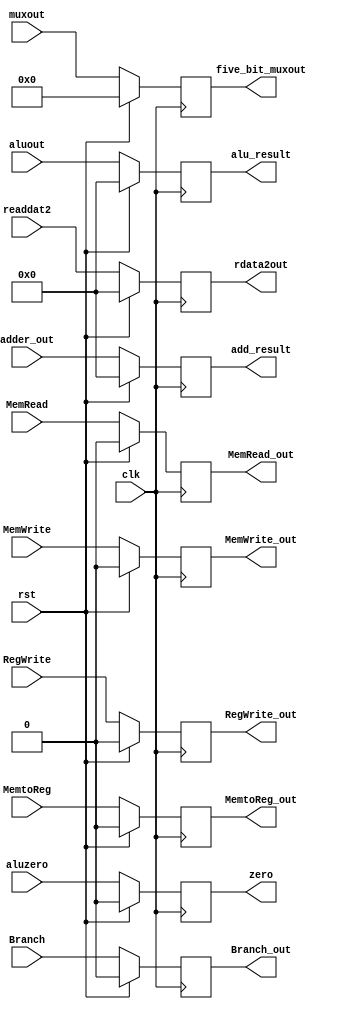
`timescale 1ns / 1ps
//////////////////////////////////////////////////////////////////////////////////
// Company: 
// Engineer: 
// 
// Design Name: 
// Module Name:    execution_pipe 
// Project Name: 
// Target Devices: 
// Tool versions: 
// Description: 
//
// Dependencies: 
//
// Revision: 
// Revision 0.01 - File Created
// Additional Comments: 
//
//////////////////////////////////////////////////////////////////////////////////
module execution_pipe(clk, rst, Branch, MemRead, MemWrite, RegWrite, MemtoReg, adder_out, aluzero, aluout, readdat2, muxout,
							Branch_out, MemRead_out, MemWrite_out, RegWrite_out, MemtoReg_out, zero, add_result, alu_result, rdata2out, five_bit_muxout);

	input clk, rst;
	input aluzero;
	input Branch, MemRead, MemWrite, RegWrite, MemtoReg;
	input [31:0] adder_out, aluout, readdat2;
	input [4:0] muxout;
	
	output reg zero;
	output reg Branch_out, MemRead_out, MemWrite_out, RegWrite_out, MemtoReg_out;
	output reg [31:0] add_result, alu_result, rdata2out;
	output reg [4:0] five_bit_muxout;
	
	always @(posedge clk)
	begin
		if (rst)
		begin
			Branch_out <= 0;
			MemRead_out <= 0;
			MemWrite_out <= 0;
			RegWrite_out <= 0;
			MemtoReg_out <= 0;
			zero <= 0;
			add_result <= 0;
			alu_result <= 0;
			rdata2out <= 0;
			five_bit_muxout <= 0;
		end
		
		else
		begin
			zero <= aluzero;
			Branch_out <= Branch;
			MemRead_out <= MemRead;
			MemWrite_out <= MemWrite;
			RegWrite_out <= RegWrite;
			MemtoReg_out <= MemtoReg;
			add_result <= adder_out;
			alu_result <= aluout;
			rdata2out <= readdat2;
			five_bit_muxout <= muxout;
		end
	end

endmodule